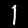
Digit: 1